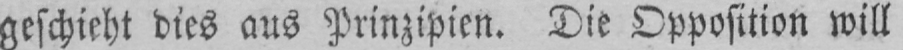
geschieht dies aus Prinzipien. Die Opposition will